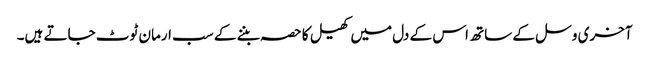
آخری وسل کے ساتھ اس کے دل میں کھیل کا حصہ بننے کے سب ارمان ٹوٹ جاتے ہیں۔